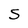
Character: S